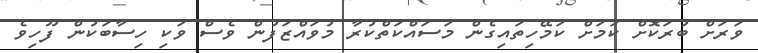
ވަރަށް ބުރަކޮށް ކަމަށް ކަމޭހިތައިގެން މަސައްކަތްކުރާ މުވައްޒަފުން ވެސް ވަކި ހިސާބަކުން ފޫހިވެ